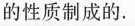
的性质制成的。